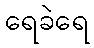
ရေခဲရေ